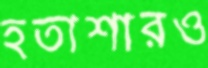
হতাশারও